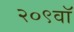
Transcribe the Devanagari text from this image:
२०९वॉ